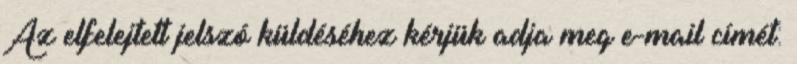
Az elfelejtett jelszó küldéséhez kérjük adja meg e-mail címét: